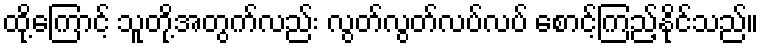
ထို့ကြောင့် သူတို့အတွက်လည်း လွတ်လွတ်လပ်လပ် စောင့်ကြည့်နိုင်သည်။